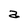
Character: a